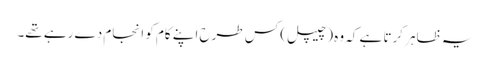
یہ ظاہر کرتا ہے کہ وہ (چیپل) کس طرح اپنے کام کو انجام دے رہے تھے۔